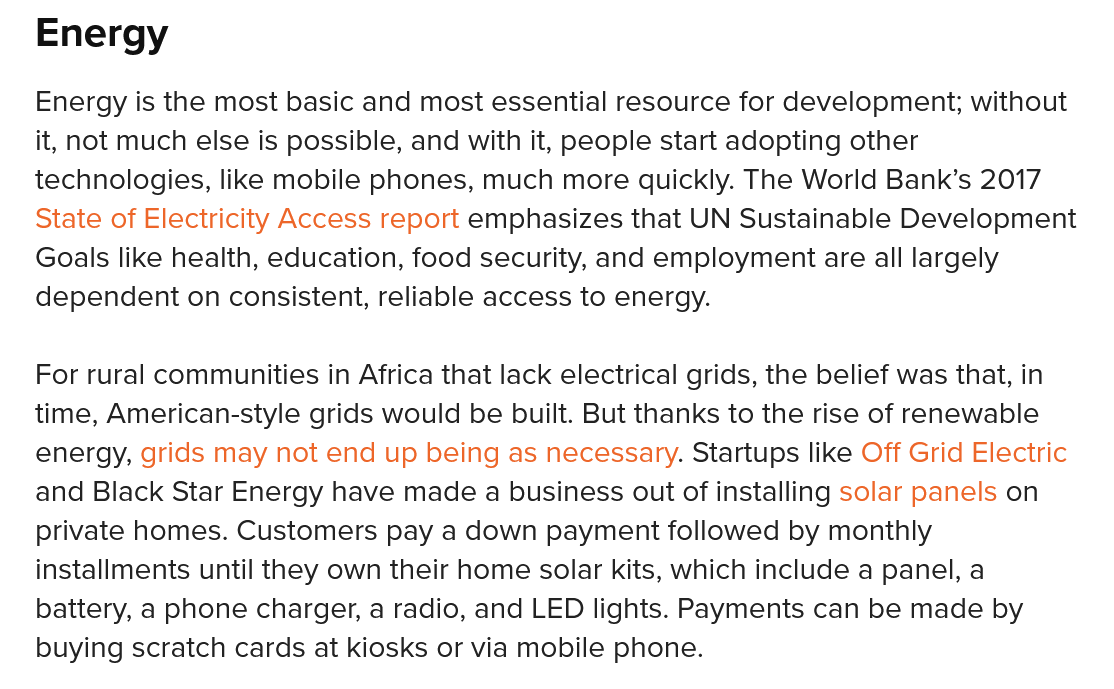
Energy is the most basic and most essential resource for development; without
   it, not much else is possible, and with it, people start adopting other
   technologies, like mobile phones, much more quickly. The World Bank’s 2017
   State of Electricity Access report emphasizes that UN Sustainable Development
   Goals like health, education, food security, and employment are all largely
   dependent on  consistent, reliable access to energy.
   For rural communities in Africa that lack electrical grids, the belief was that, in
   time, American-style grids would be built. But thanks to the rise of renewable
   energy, grids may not end up being as necessary. Startups like Off Grid Electric
   and Black Star Energy have made a business out of installing solar panels on
   private homes. Customers pay a down payment followed by monthly
   installments until they own their home solar kits, which include a panel, a
   battery, a phone charger, a radio, and LED lights. Payments can be made by
   buying scratch cards at kiosks or via mobile phone.
   Energy